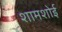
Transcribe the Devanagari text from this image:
शामशोई